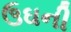
ઉઘની